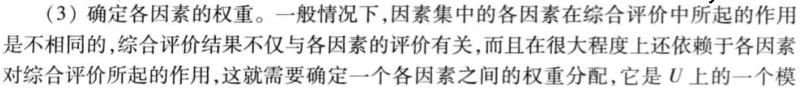
(3) 确定各因素的权重。一般情况下，因素集中的各因素在综合评价中所起的作用是不相同的，综合评价结果不仅与各因素的评价有关，而且在很大程度上还依赖于各因素对综合评价所起的作用，这就需要确定一个各因素之间的权重分配，它是$U$上的一个模